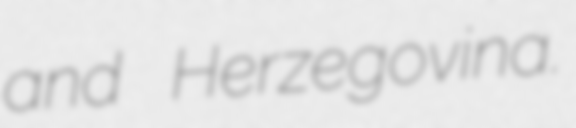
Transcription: and Herzegovina.